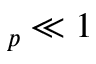
_ p \ll 1